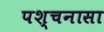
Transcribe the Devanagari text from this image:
पश्चनासा